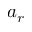
a _ { r }